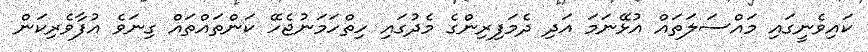
ކައިވެނީގައި މައްސަލަތައް އުޅޭނަމަ އަދި ދެމަފިރިންގެ މެދުގައި ހިތްހަމަނުޖެހޭ ކަންތައްތައް ގިނަވެ އުފާވެރިކަން